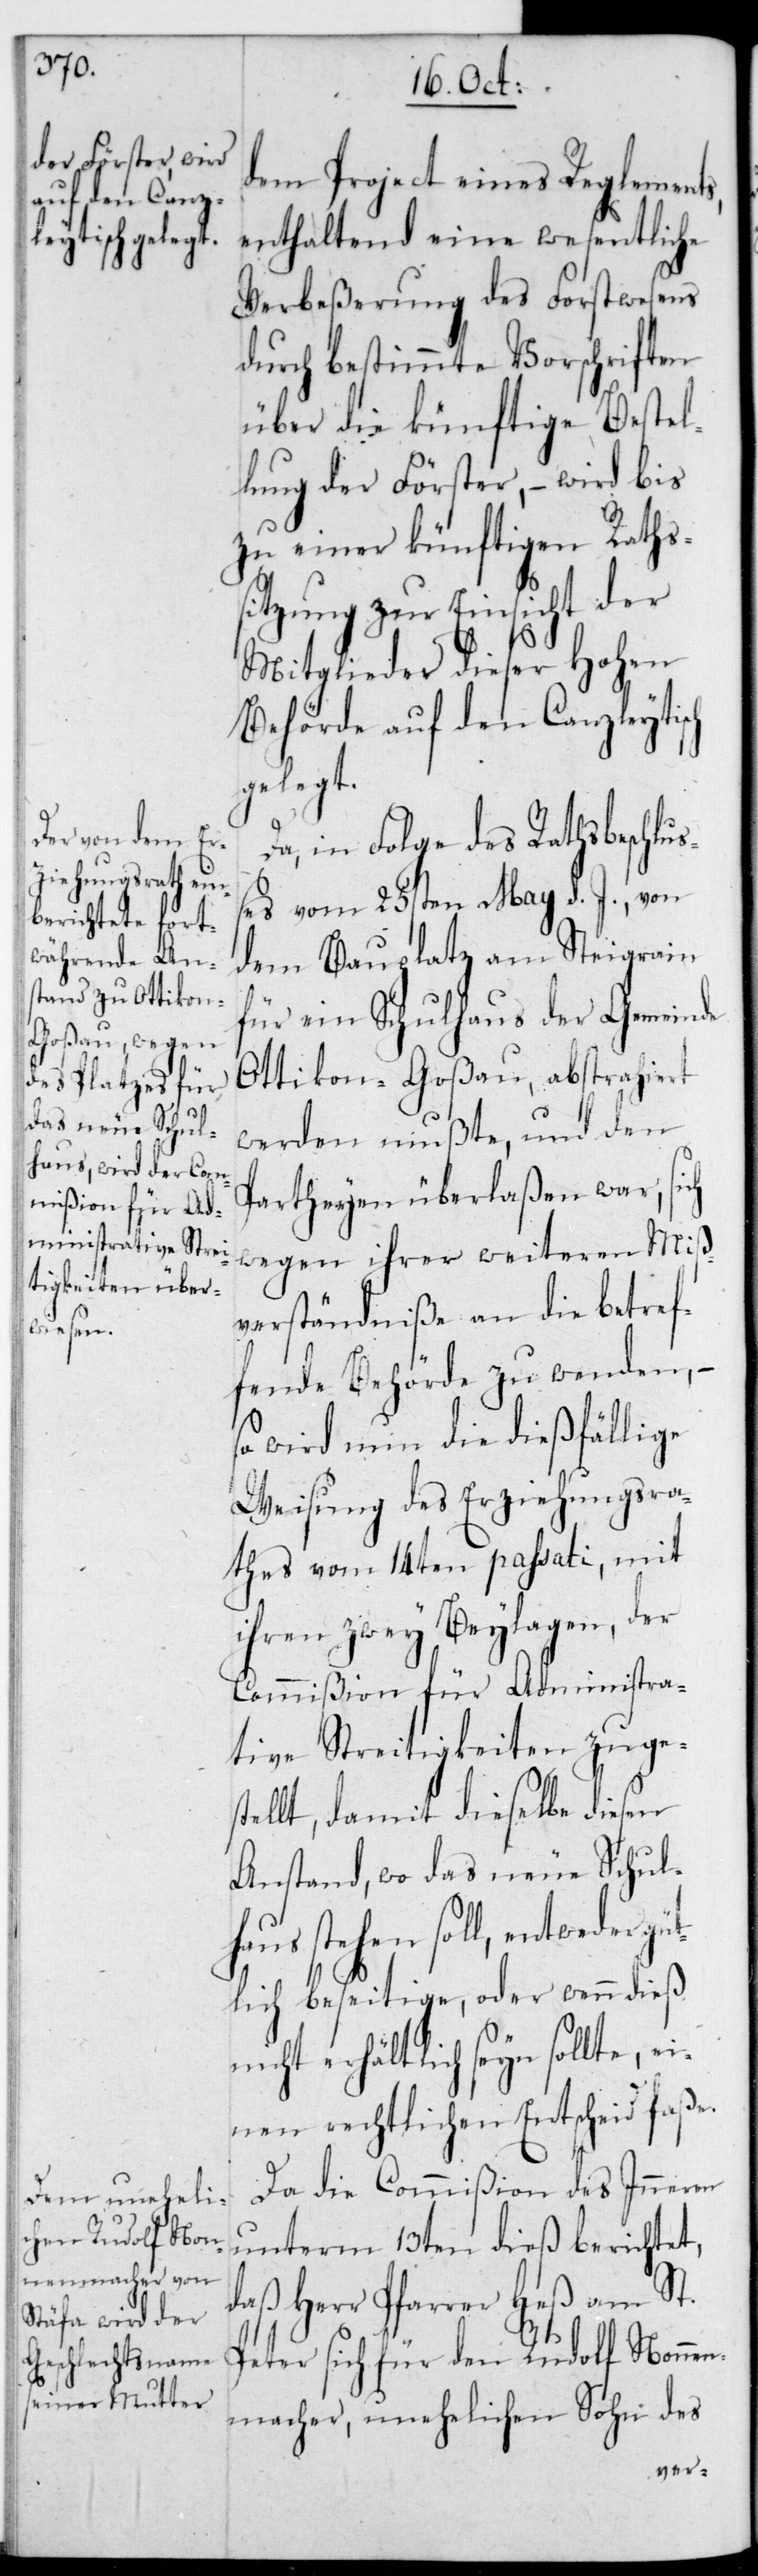
dem Project eines Reglements,
enthaltend eine wesentliche
Verbeßerung des Forstwesens
durch bestimmte Vorschriften
über die künftige Bestel¬
lung der Förster, – wird bis
zu einer künftigen Raths¬
sitzung zur Einsicht der
Mitglieder dieser Hohen
Behörde auf den Canzleytisch
gelegt.
Da in Folge des Rathsbeschlu¬
ßes vom 25sten May d. J. von
dem Bauplatz am Steigrain
für ein Schulhaus der Gemeinde
Ottikon-Goßau, abstrahiert
werden mußte, und den
Partheyen überlaßen war, sich
wegen ihrer weiteren Miß¬
verständniße an die betref¬
fende Behörde zu wenden, –
so wird nun die dießfällige
Weisung des Erziehungsra¬
thes vom 14ten passati, mit
ihren zwey Beylagen, der
Commißion für Administra¬
tive Streitigkeiten zuges¬
tellt, damit dieselbe diesen
Anstand, wo das neue Schulh¬
aus stehen soll, entweder
gütlich beseitige, oder wenn dieß
nicht erhältlich sein sollte, ei¬
nen rechtlichen Entscheid faße.
Da die Commißion des Inneren
unterm 13ten dieß berichtet,
Herr Pfarrer Heß am St.
Peter sich für den Rudolf Nonnen¬
macher, unehelichen Sohn des